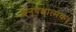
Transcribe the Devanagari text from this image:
अनुपेक्षात्मक।